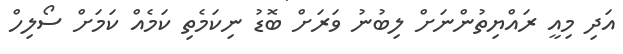
އަދި މިއީ ރައްޔިތުންނަށް ލިބުނު ވަރަށް ބޮޑު ނިކަމެތި ކަމެއް ކަމަށް ސޯލިހް